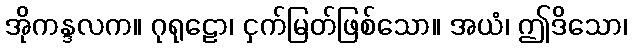
အိုကန္ဒလက။ ဂုရုဠော၊ ငှက်မြတ်ဖြစ်သော။ အယံ၊ ဤဒိသော၊